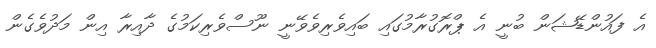
އެ ފައުންޑޭޝަން ބުނީ އެ ޕްރޮގުރާމުގައި ބައިވެރިވެވޭނީ ނޫސްވެރިކަމުގެ ދާއިރާ އިން މަދުވެގެން